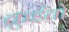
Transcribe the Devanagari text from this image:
कुइंतो